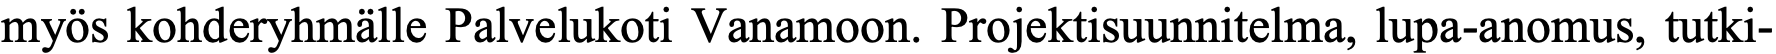
myös kohderyhmälle Palvelukoti Vanamoon. Projektisuunnitelma, lupa-anomus, tutki-